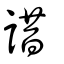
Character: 諎